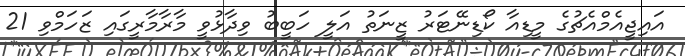
އައިޖީއެމްއެޗުގެ މީޑިއާ ކޯޑިނޭޓަރު ޒީނަތު އަލީ ހަބީބު ވިދާޅުވީ މާރާމާރީގައި ޒަހަމްވި 21